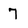
Character: 7